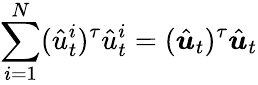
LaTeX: \sum_{i=1}^{N}(\hat{u}_{t}^{i})^{\tau}\hat{u}_{t}^{i}=(\hat{\boldsymbol{u}}_{t})^{\tau}\hat{\boldsymbol{u}}_{t}